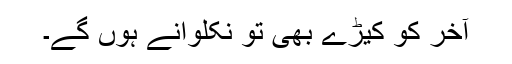
آخر کو کیڑے بھی تو نکلوانے ہوں گے۔